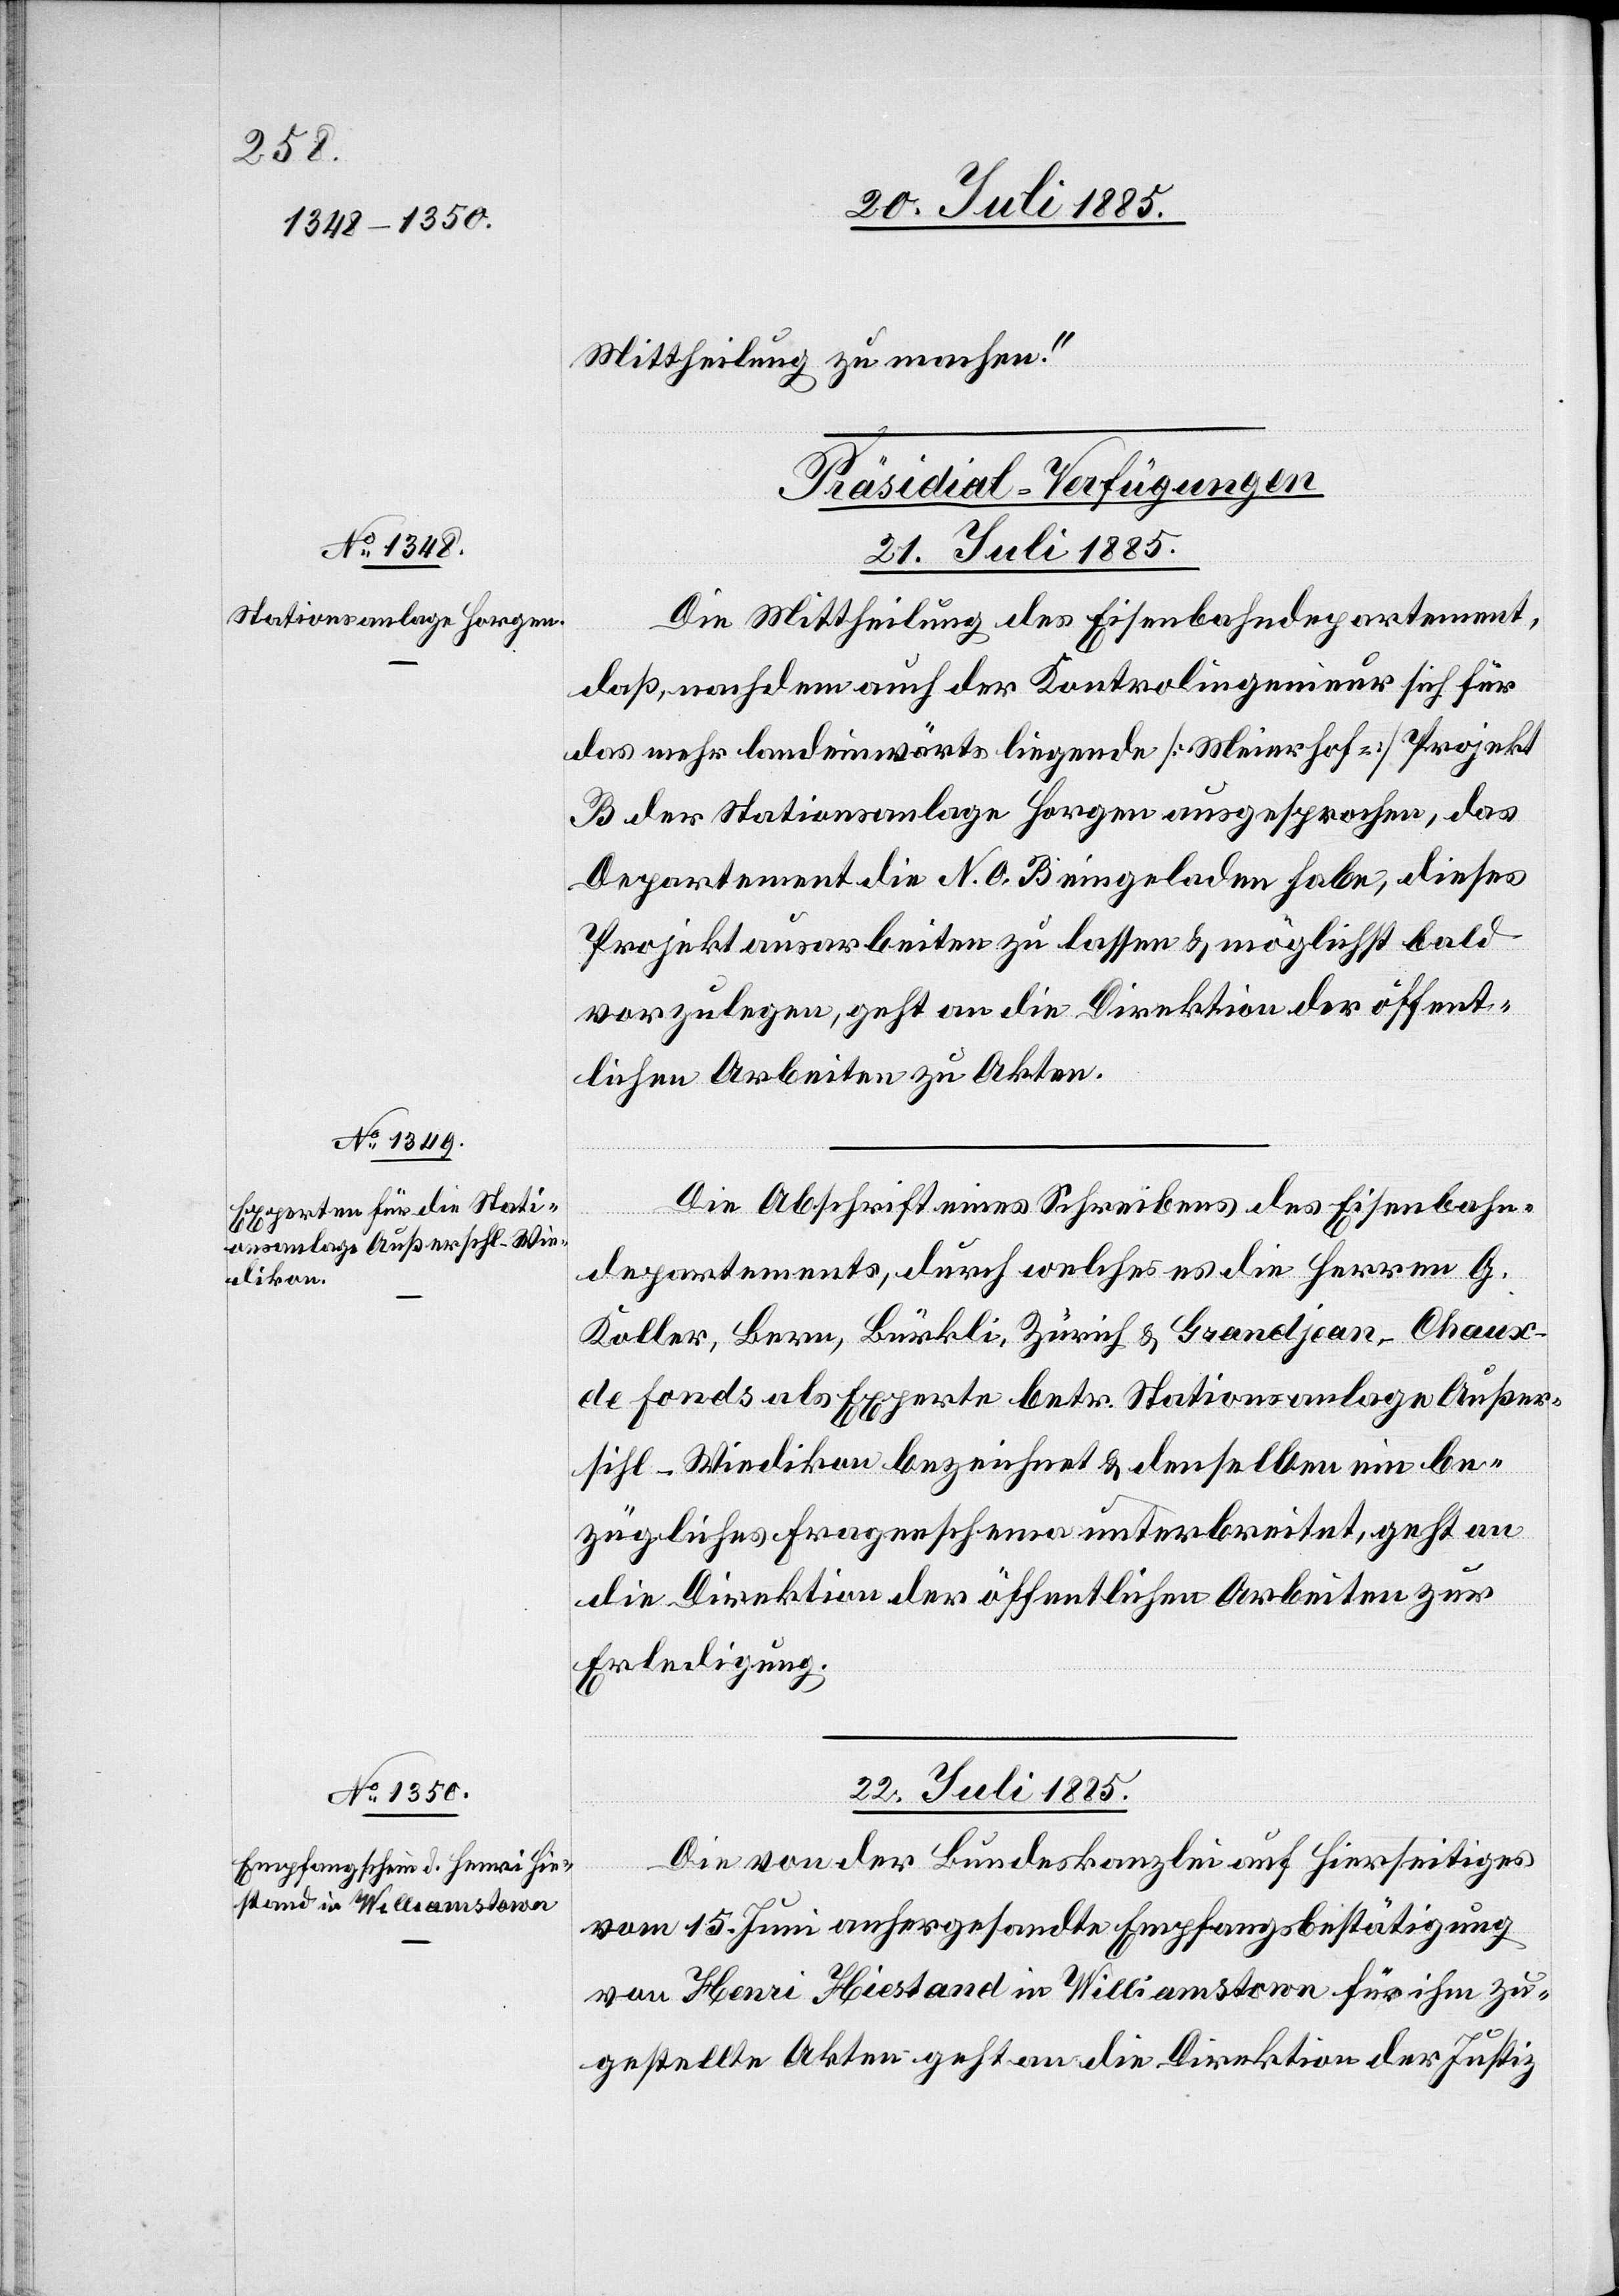
Mittheilung zu machen.“
[Präsidial-Verfügungen.]
21. Juli 1885.]
Die Mittheilung des Eisenbahndepartement,
daß, nachdem auch der Kontrolingenieur sich für
das mehr landeinwärts liegende [Meierhof] Projekt
B der Stationsanlage Horgen ausgesprochen, das
Departement die N. O. B. eingeladen habe, dieses
Projekt ausarbeiten zu lassen & möglichst bald
vorzulegen, geht an die Direktion der öffent¬
lichen Arbeiten zu Akten.
Die Abschrift eines Schreibens des Eisenbahn¬
departements, durch welches es die Herren G.
Koller, Bern, Bürkli, Zürich & Grandjean, Chaux-d¬
e fonds als Experte betr. Stationsanlage Außer¬
sihl-Wiedikon bezeichnet & denselben ein be¬
zügliches Fragenschema unterbreitet, geht an
die Direktion der öffentlichen Arbeiten zur
Erledigung.
22. Juli 1885.
Die von der Bundeskanzlei auf hierseitiges
vom 15. Juni anhergesandte Empfangsbestätigung
von Henri Hiestand in Williamstown für ihm zu¬
gestellte Akten geht an die Direktion der Justiz